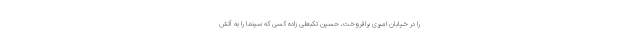
را در خیابان امیری برافروخت، حسین تکبعلی زاده کسی که سینما را به آتش